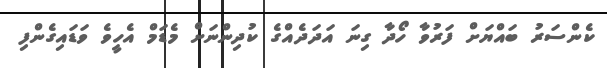
ކެންސަރު ބައްޔަށް ފަރުވާ ހޯދާ ގިނަ އަދަދެއްގެ ކުދިންނަށް މެޑަމް އެހީވެ ވަޑައިގެންފި